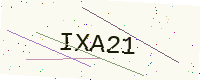
Text: IXA21